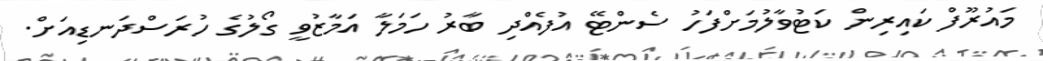
މައުރޫފް ކައިރިން ކަޓުވާލުމަށްފަހު ސެންޓޭ އުފެއްދި ބާރު ހަމަލާ އަމާޒުވީ ގޯލުގެ ހުރަސްދަނޑިއަށް.